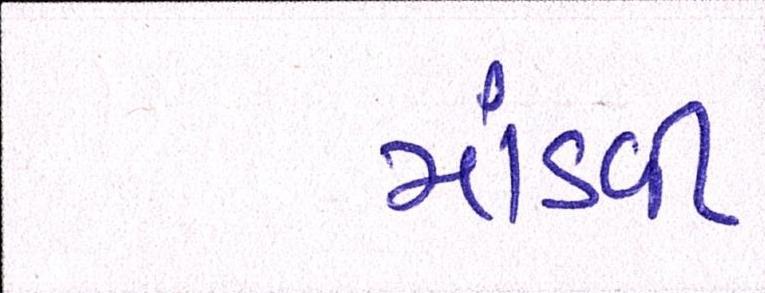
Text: માંડવી